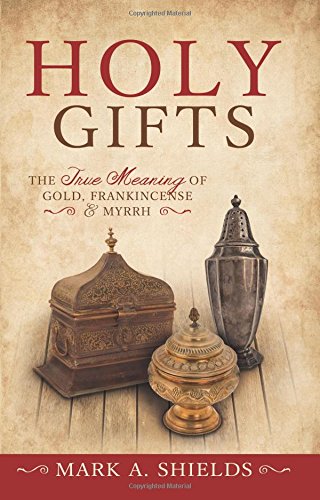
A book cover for Holy Gifts: The True Meaning of Gold, Frankincense, and Myrrh; Mark A. Shields; Christian Books & Bibles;